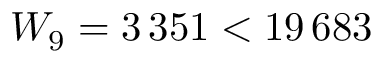
W _ { 9 } = 3 \, 3 5 1 < 1 9 \, 6 8 3